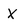
Character: x